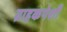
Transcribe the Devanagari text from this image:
ग्राहकपेशी